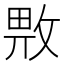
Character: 𱡜